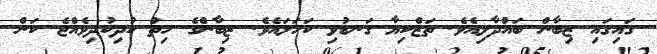
ގައިގައި ޒިބާން ބައްދާލިއެވެ. ތަޒްކިޔާ ގަނޑުވި ކަހަަލައެވެ. ޒިބާންގެ ހިތް ކުދިކުދިވެއްޖެ ކަން